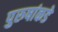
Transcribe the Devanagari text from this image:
पुरुषांकडे